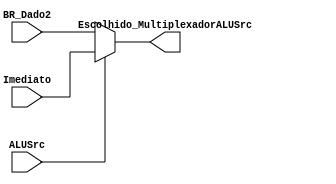
module MultiplexadorALUSrc (
	input [31:0] Imediato, 
	input [31:0] BR_Dado2,
	input ALUSrc,
	output [31:0] Escolhido_MultiplexadorALUSrc
);
	
	reg [31:0] escolhido;
	
	always @(Imediato or BR_Dado2 or ALUSrc) begin
	
		if(ALUSrc == 1) begin
			escolhido = Imediato;
		end
		
		else begin
			escolhido = BR_Dado2;
		end
		
	end
	
	assign Escolhido_MultiplexadorALUSrc = escolhido;
	
endmodule